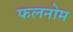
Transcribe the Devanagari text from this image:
फलनोम